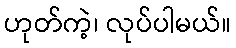
ဟုတ်ကဲ့၊ လုပ်ပါမယ်။